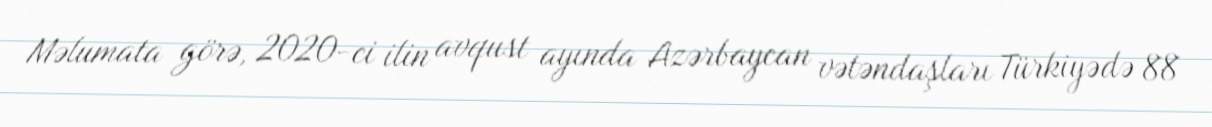
Məlumata görə, 2020-ci ilin avqust ayında Azərbaycan vətəndaşları Türkiyədə 88